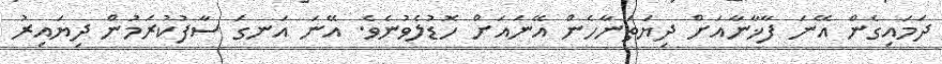
ދަމައިގެން އޭނަ ފާޚާނާއަށް ދިޔަތަނާހެން އޭނައަށް ހޮޑުލެވުނެވެ. އޭނަ އަނގަ ސާފުކުރަމުން ދިޔައިރު